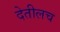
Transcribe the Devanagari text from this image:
देतीलच